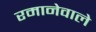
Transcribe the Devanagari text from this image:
रमानेवाले